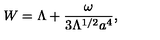
W = \Lambda + \frac { \omega } { 3 \Lambda ^ { 1 / 2 } a ^ { 4 } } ,